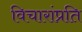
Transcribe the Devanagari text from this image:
विचारांप्रति